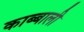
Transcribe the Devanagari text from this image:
काब्बाली